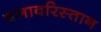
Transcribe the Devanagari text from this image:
बलावरिस्तान